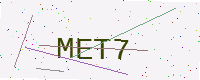
Text: MET7